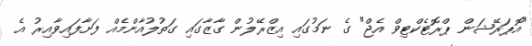
"އޮޕަރޭޝަން ޕްރޮޓެކްޓިވް އެޖް" ގެ ނަމުގައި އިޒްރޭލުން ގާޒާގައި ގަތުލުއާންމެއް ފަށާފައިވާއިރު އެ